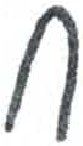
אות: ח